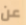
عن